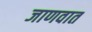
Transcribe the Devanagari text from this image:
जाणवात